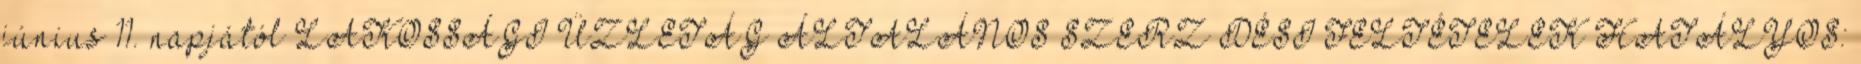
június 11. napjától LAKOSSÁGI ÜZLETÁG ÁLTALÁNOS SZERZİDÉSI FELTÉTELEK HATÁLYOS: